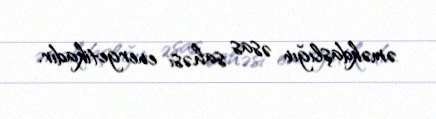
əməkdaşlığın əsas sahəsi energetikadır.